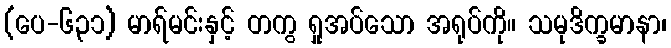
(ပေ-၆၃၁) မာရ်မင်းနှင့် တကွ ရှုအပ်သော အရုပ်ကို။ သမုဒိက္ခမာနာ၊